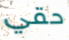
حقي